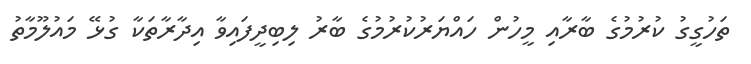
ތަހުގީގު ކުރުމުގެ ބާރާއި މީހުން ހައްޔަރުކުރުމުގެ ބާރު ލިބިދީފައިވާ އިދާރާތަކާ ގުޅޭ މައުލޫމާތު